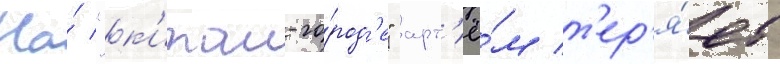
На́ "к'итаи-го́род'е" арт'ё́м т'ер'я́ет